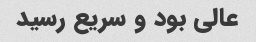
عالى بود و سریع رسید